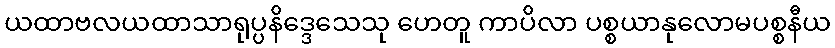
ယထာဗလယထာသာရုပ္ပနိဒ္ဒေသေသု ဟေတူ ကာပိလာ ပစ္စယာနုလောမပစ္စနီယ